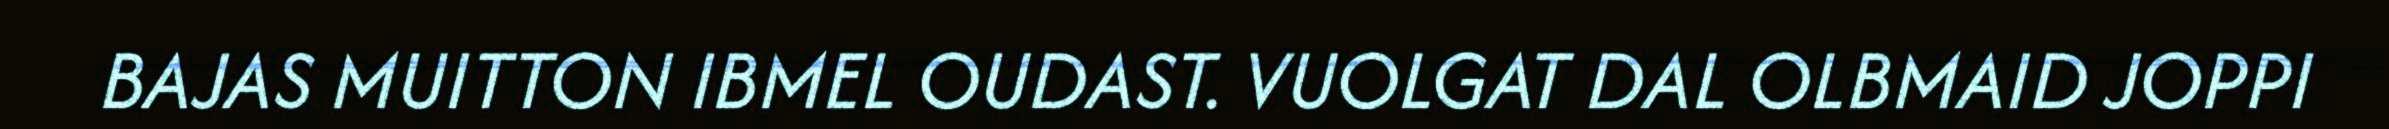
BAJAS MUITTON IBMEL OUDAST. VUOLGAT DAL OLBMAID JOPPI